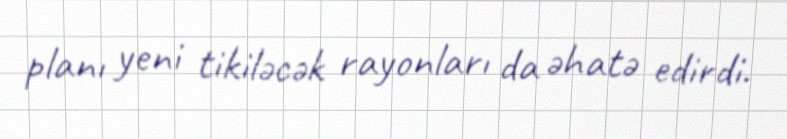
planı yeni tikiləcək rayonları da əhatə edirdi.